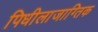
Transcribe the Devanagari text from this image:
पिधीलाजाग्तिक